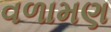
વળામણ